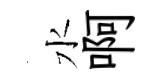
水啊